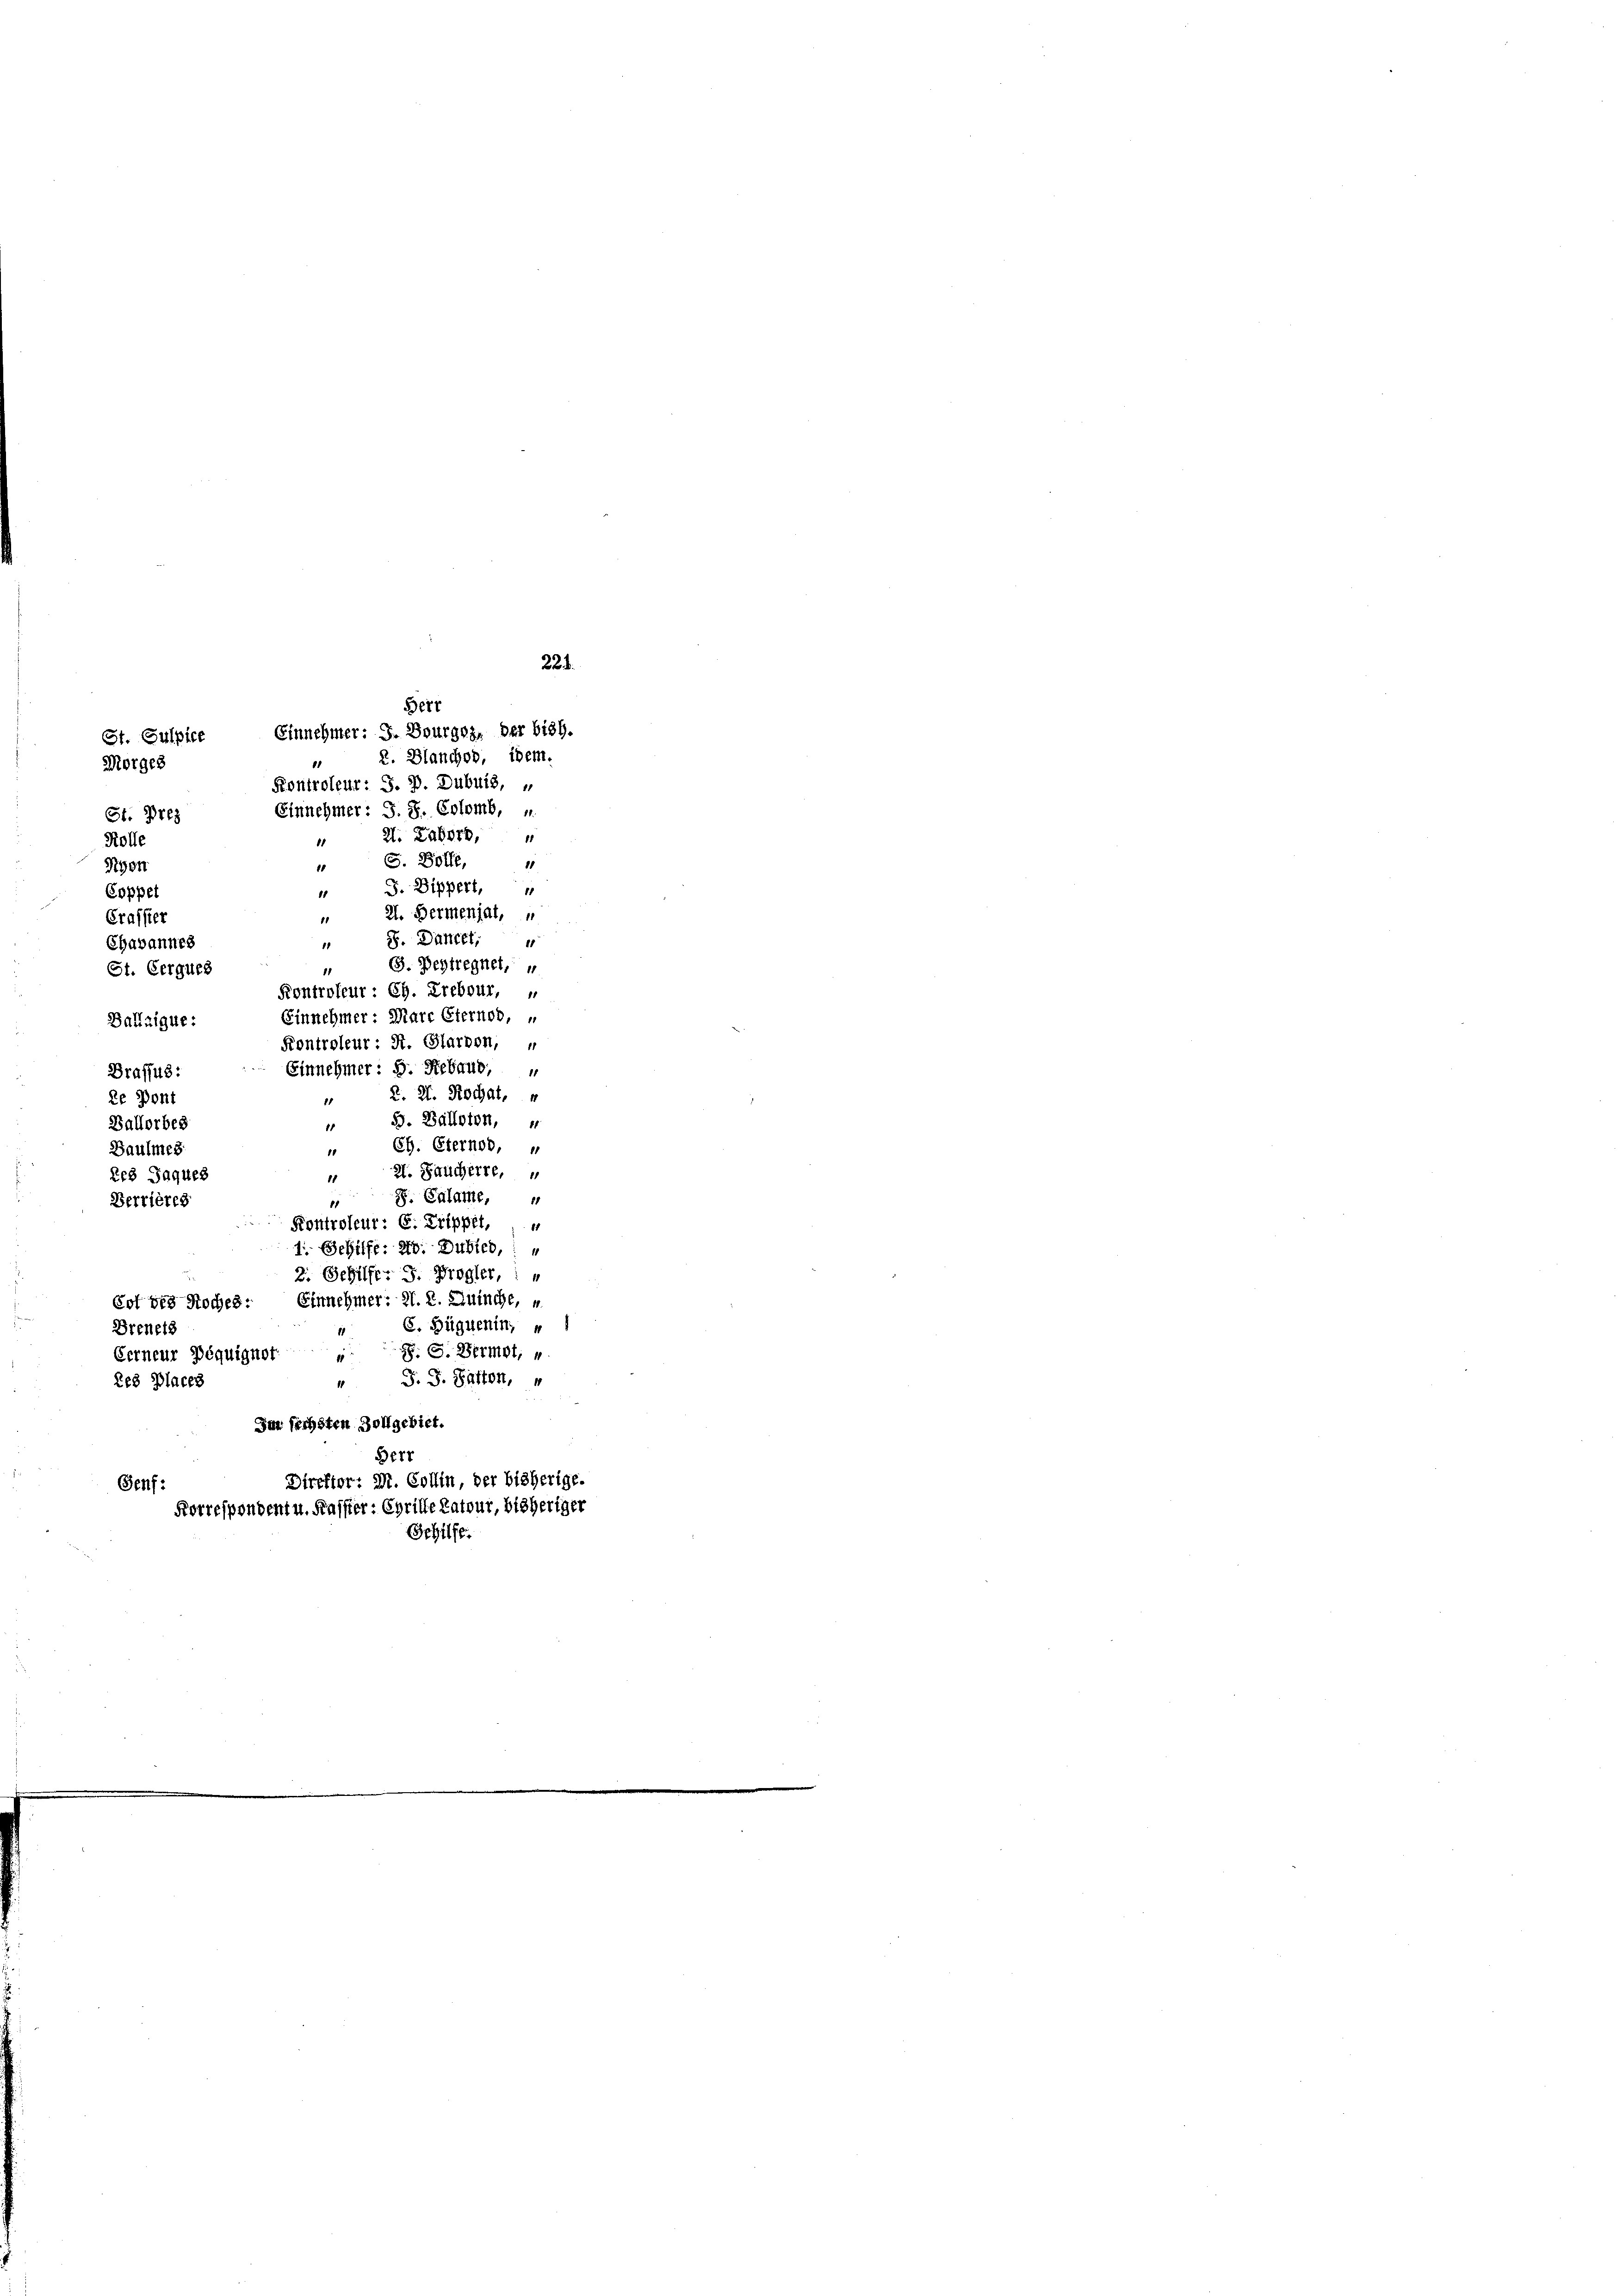
Rolle
Divon
Coppet
Grassier
Chavannes
St. Cergues
Ballaigue:
Draffus:
de Pont
Ballorbes
Baulmes
RB Jaques
Berriereg

St. Gulpice
Morges
St. Pres

2. Blancher, idem.
Kontroleur: S. D. Dubuis, „
Einnehmer: S. S. Colomb, u.
2. Laborb,
11
G. Bolle,
1
1
4 J. Dippert,
2. Bermenjat,
18
S. Danckt,
1
1
G. Bestregnet,
1
2. 2. Rochat,
1
S. Balloton,
11
Ch. Sternod,
8
21. Jaucherre,
11
S. Calame,
11
15
Kontroleur: C. Trippel,
1: Gehilfe: 20. Dubieb,
2. Gehilfe. J. Progler,
Cot bis Noches: Einnehmer: 21. 2. Quinche, u.
E. Hüguenin,
Drenetz
Eerneur Déquigner „ P. G. Bermot, „
J. G. Satten,
Res Places
10
Im sechsten Zollgebiet.

221.
Bert
Einnehmer: J. Bourgoz, der bish.

Fontroleur: Ch. Prebour,
Einnehmer: Marc Eternod, „
Kontroleur: St. Glarbon, u
Einnehmer: B. Bebaus,

Berr
Direktor: Dr. Collin, der bisherige.
Senf
Forrespondent u. Fassier: Cyrille Patour, bisheriger
Sehilfe.